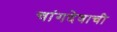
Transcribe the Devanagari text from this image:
चांगदेवाची